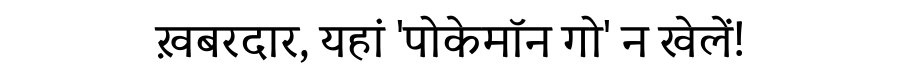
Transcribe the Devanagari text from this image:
ख़बरदार, यहां 'पोकेमॉन गो' न खेलें!